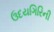
ઉદયગિરિની